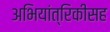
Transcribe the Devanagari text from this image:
अभियांत्रिकीसह